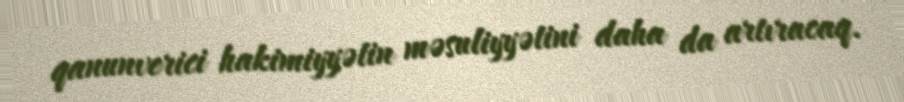
qanunverici hakimiyyətin məsuliyyətini daha da artıracaq.